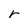
Character: r